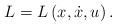
LaTeX: \begin{align*}L=L\left( x,\dot{x},u\right) . \end{align*}